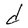
Character: d